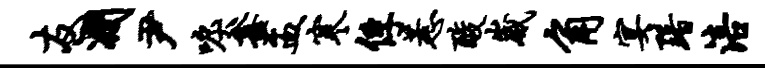
友润尹唳鑫盂寒俘惹酸崴角宴黯涪